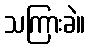
သကြားခဲ။